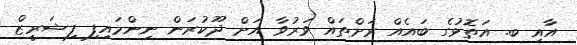
އާއި ބ. އަތޮޅުގެ ބައެއް ރަށްތައް ވަރުވާ އަށް ދޫކުރަން ނިންމައިފި ފިޝަރީޒް